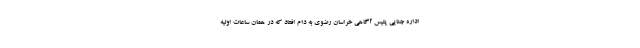
اداره جنایی پلیس آگاهی خراسان رضوی به دام افتاد که در همان ساعات اولیه